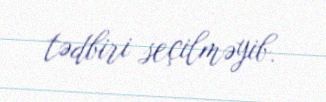
tədbiri seçilməyib.